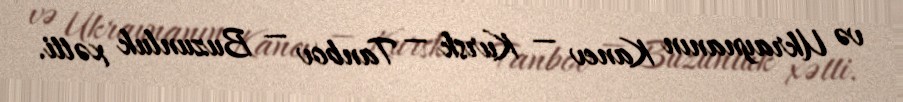
və Ukraynanın Kanev — Kursk — Tanbov — Buzunluk xətti.